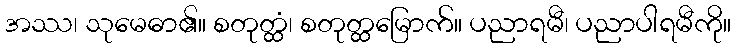
အဿ၊ သုမေဓာ၏။ စတုတ္ထံ၊ စတုတ္ထမြောက်။ ပညာရမီ၊ ပညာပါရမီကို။